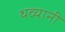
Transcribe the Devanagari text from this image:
थव्यानी